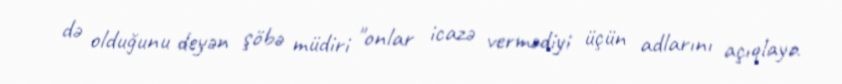
də olduğunu deyən şöbə müdiri "onlar icazə vermədiyi üçün adlarını açıqlaya